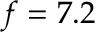
f = 7 . 2